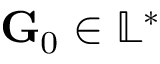
\mathbf { G } _ { 0 } \in \mathbb { L } ^ { * }